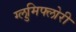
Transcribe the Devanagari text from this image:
ग्लुमिफ्लोरी